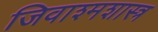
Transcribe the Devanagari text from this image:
जिवाश्मशास्त्र